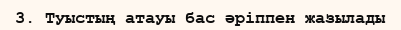
3. Туыстың атауы бас әріппен жазылады